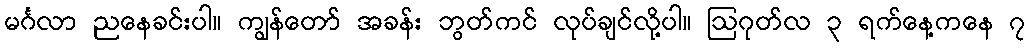
မင်္ဂလာ ညနေခင်းပါ။ ကျွန်တော် အခန်း ဘွတ်ကင် လုပ်ချင်လို့ပါ။ ဩဂုတ်လ ၃ ရက်နေ့ကနေ ၇